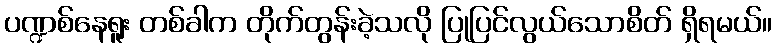
ပဏ္ဍစ်နေရူး တစ်ခါက တိုက်တွန်းခဲ့သလို ပြုပြင်လွယ်သောစိတ် ရှိရမယ်။